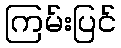
ကြမ်းပြင်